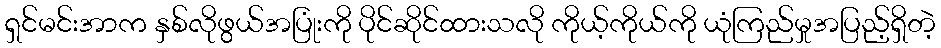
ရှင်မင်းအာက နှစ်လိုဖွယ်အပြုံးကို ပိုင်ဆိုင်ထားသလို ကိုယ့်ကိုယ်ကို ယုံကြည်မှုအပြည့်ရှိတဲ့